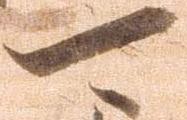
可